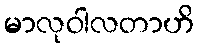
မာလုဝါလတာဟိ